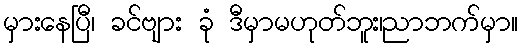
မှားနေပြီ၊ ခင်ဗျား ခုံ ဒီမှာမဟုတ်ဘူး၊ညာဘက်မှာ။